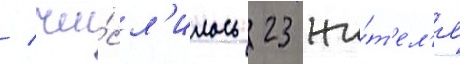
/ чи́сл'илось 23 жи́т'ел'я